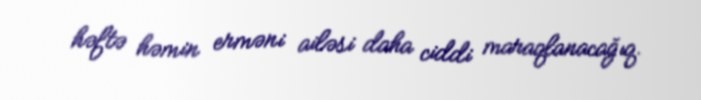
həftə həmin erməni ailəsi daha ciddi maraqlanacağıq.